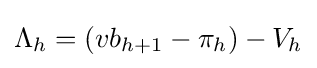
\Lambda _{h}=(vb_{h+1}-\pi _{h})-V_{h}